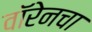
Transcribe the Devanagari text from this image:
वॉरेनचा